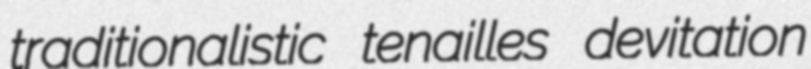
traditionalistic tenailles devitation